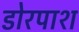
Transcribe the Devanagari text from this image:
डोरपाश